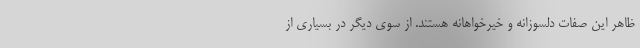
ظاهر این صفات دلسوزانه و خیرخواهانه هستند. از سوی دیگر در بسیاری از